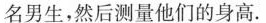
名男生，然后测量他们的身高.